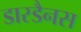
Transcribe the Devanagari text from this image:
डारडैनस